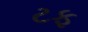
ટફ